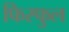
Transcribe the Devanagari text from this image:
फिस्फुल